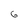
Character: 6